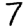
Digit: 7